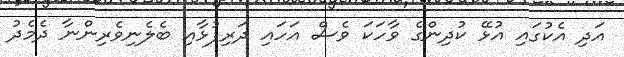
އަދި އެކުގައި އުޅޭ ކުދިންގެ ވާހަކަ ވެސް އަހައި ދަރިފުޅާއި ބެލެނިވެރިންނާ ދެމެދު